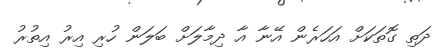
ދަތި ގޮތަކަށް އަހަރެން އޭނާ އާ ދިމާލަށް ބަލަން ހުރި އިރު އިތުރު